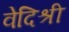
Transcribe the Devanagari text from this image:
वेदिश्री